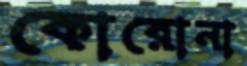
কোরোনা